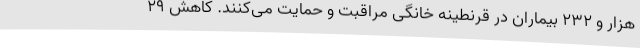
هزار و 232 بیماران در قرنطینه خانگی مراقبت و حمایت می‌کنند. کاهش 29